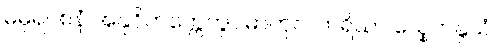
မဓုရဝစနံ အနုဝိတက္ကေတွာ မာတုလဘရိယာ သ္နေဟနွယံ